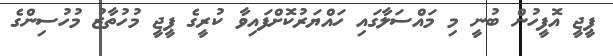
ޕީޖީ އޮފީހުން ބުނީ މި މައްސަލާގައި ހައްޔަރުކޮށްފައިވާ ކުރީގެ ޕީޖީ މުހުތާޒު މުހުސިންގެ